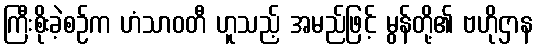
ကြီးစိုးခဲ့စဉ်က ဟံသာဝတီ ဟူသည့် အမည်ဖြင့် မွန်တို့၏ ဗဟိုဌာန